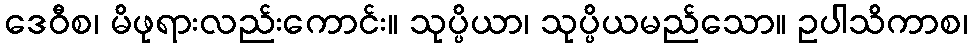
ဒေဝီစ၊ မိဖုရားလည်းကောင်း။ သုပ္ပိယာ၊ သုပ္ပိယမည်သော။ ဥပါသိကာစ၊